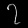
Digit: ၇